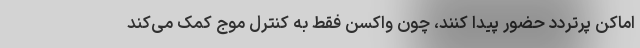
اماکن پرتردد حضور پیدا کنند، چون واکسن فقط به کنترل موج کمک می‌کند